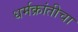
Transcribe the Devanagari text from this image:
धर्मक्रांतीचा